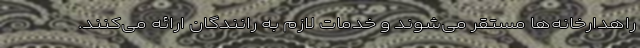
راهدارخانه‌ها مستقر می‌شوند و خدمات لازم به رانندگان ارائه می‌کنند.